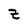
Character: Z